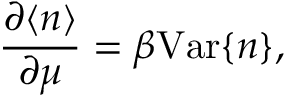
\frac { \partial \langle n \rangle } { \partial \mu } = \beta \mathrm { V a r } \{ n \} ,